Vaccine operations Central Provinces 1900-1911 - 1900-1911
Year: 1900
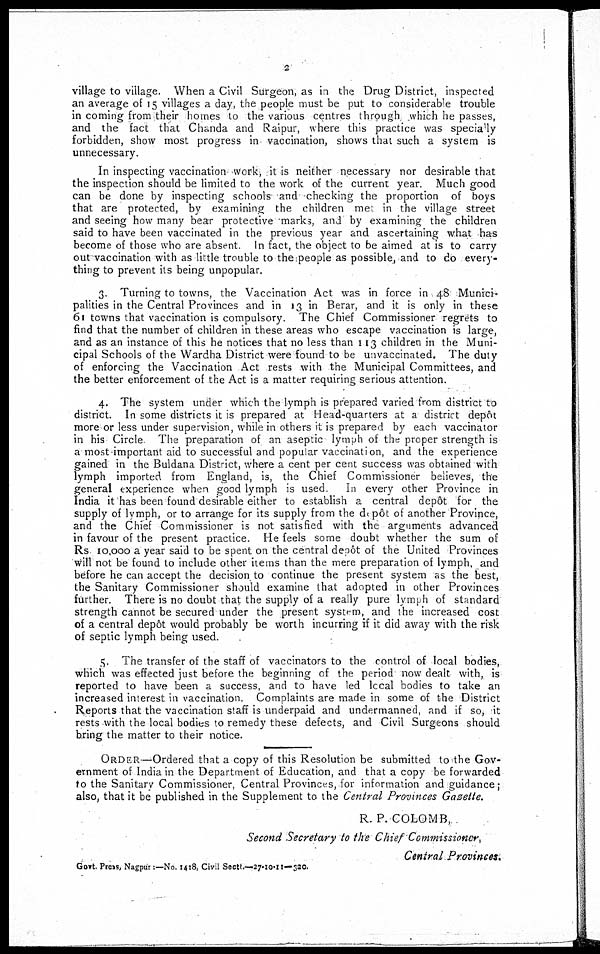
2
village to village. When a Civil Surgeon, as in the Drug District, inspected
an average of 15 villages a day, the people must be put to considerable trouble
in coming from their homes to the various centres through which he passes
and the fact that Chanda and Raipur, where this practice was specially
forbidden, show most progress in vaccination, shows that such a system is
unnecessary.
In inspecting vaccination work, it is neither necessary nor desirable that
the inspection should be limited to the work of the current year. Much good
can be done by inspecting schools and checking the proportion of boys
that are protected, by examining the children met in the village street
and seeing how many bear protective marks, and by examining the children
said to have been vaccinated in the previous year and ascertaining what has
become of those who are absent. In fact, the object to be aimed at is to carry
out vaccination with as little trouble to the people as possible, and to do every¬
thing to prevent its being unpopular.
3. Turning to towns, the Vaccination Act was in force in 48 Munici-
palities in the Central Provinces and in 13 in Berar, and it is only in these
61 towns that vaccination is compulsory. The Chief Commissioner regrets to
find that the number of children in these areas who escape vaccination is large,
and as an instance of this he notices that no less than 113 children in the Muni-
cipal Schools of the Wardha District were found to be unvaccinated. The duty
of enforcing the Vaccination Act rests with the Municipal Committees, and
the better enforcement of the Act is a matter requiring serious attention.
4. The system under which the lymph is prepared varied from district to
district. In some districts it is prepared at Head-quarters at a district depôt
more or less under supervision, while in others it is prepared by each vaccinator
in his Circle The preparation of an aseptic lymph of the proper strength is
a most important aid to successful and popular vaccination, and the experience
gained in the Buldana District, where a cent per cent success was obtained with
lymph imported from England, is, the Chief Commissioner believes, the
general experience when good lymph is used
In every other Province in
India it has been found desirable either to establish a central depôt for the
supply of lymph, or to arrange for its supply from the depôt of another Province,
and the Chief Commissioner is not satisfied with the arguments advanced
in favour of the present practice. He feels some doubt whether the sum of
Rs 10,000 a year said to be spent on the central depôt of the United Provinces
will not be found to include other items than the mere preparation of lymph, and
before he can accept the decision to continue the present system as the best,
the Sanitary Commissioner should examine that adopted in other Provinces
further. There is no doubt that the supply of a really pure lymph of standard
strength cannot be secured under the present system, and the increased cost
of a central depôt would probably be worth incurring if it did away with the risk
of septic lymph being used.
5. The transfer of the staff of vaccinators to the control of local bodies,
which was effected just before the beginning of the period now dealt with, is
reported to have been a success, and to have led local bodies to take an
increased interest in vaccination. Complaints are made in some of the District
Reports that the vaccination staff is underpaid and undermanned, and if so, it
rests with the local bodies to remedy these defects, and Civil Surgeons should
bring the matter to their notice.
ORDER—Ordered that a copy of this Resolution be submitted to the Gov-
ernment of India in the Department of Education, and that a copy be forwarded
to the Sanitary Commissioner, Central Provinces, for information and guidance;
also, that it be published in the Supplement to the Central Provinces Gazette.
R. P. COLOMB,
Second Secretary to the Chief Commissioner,
Central Provinces.
Govt. Press, Nagpur:—No. 1418, Civil Sectt.—27-10-11—320.